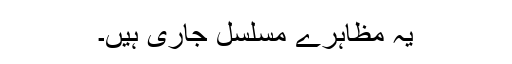
یہ مظاہرے مسلسل جاری ہیں۔